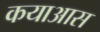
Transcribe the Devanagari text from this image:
कयाआस